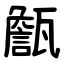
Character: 甔